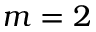
m = 2